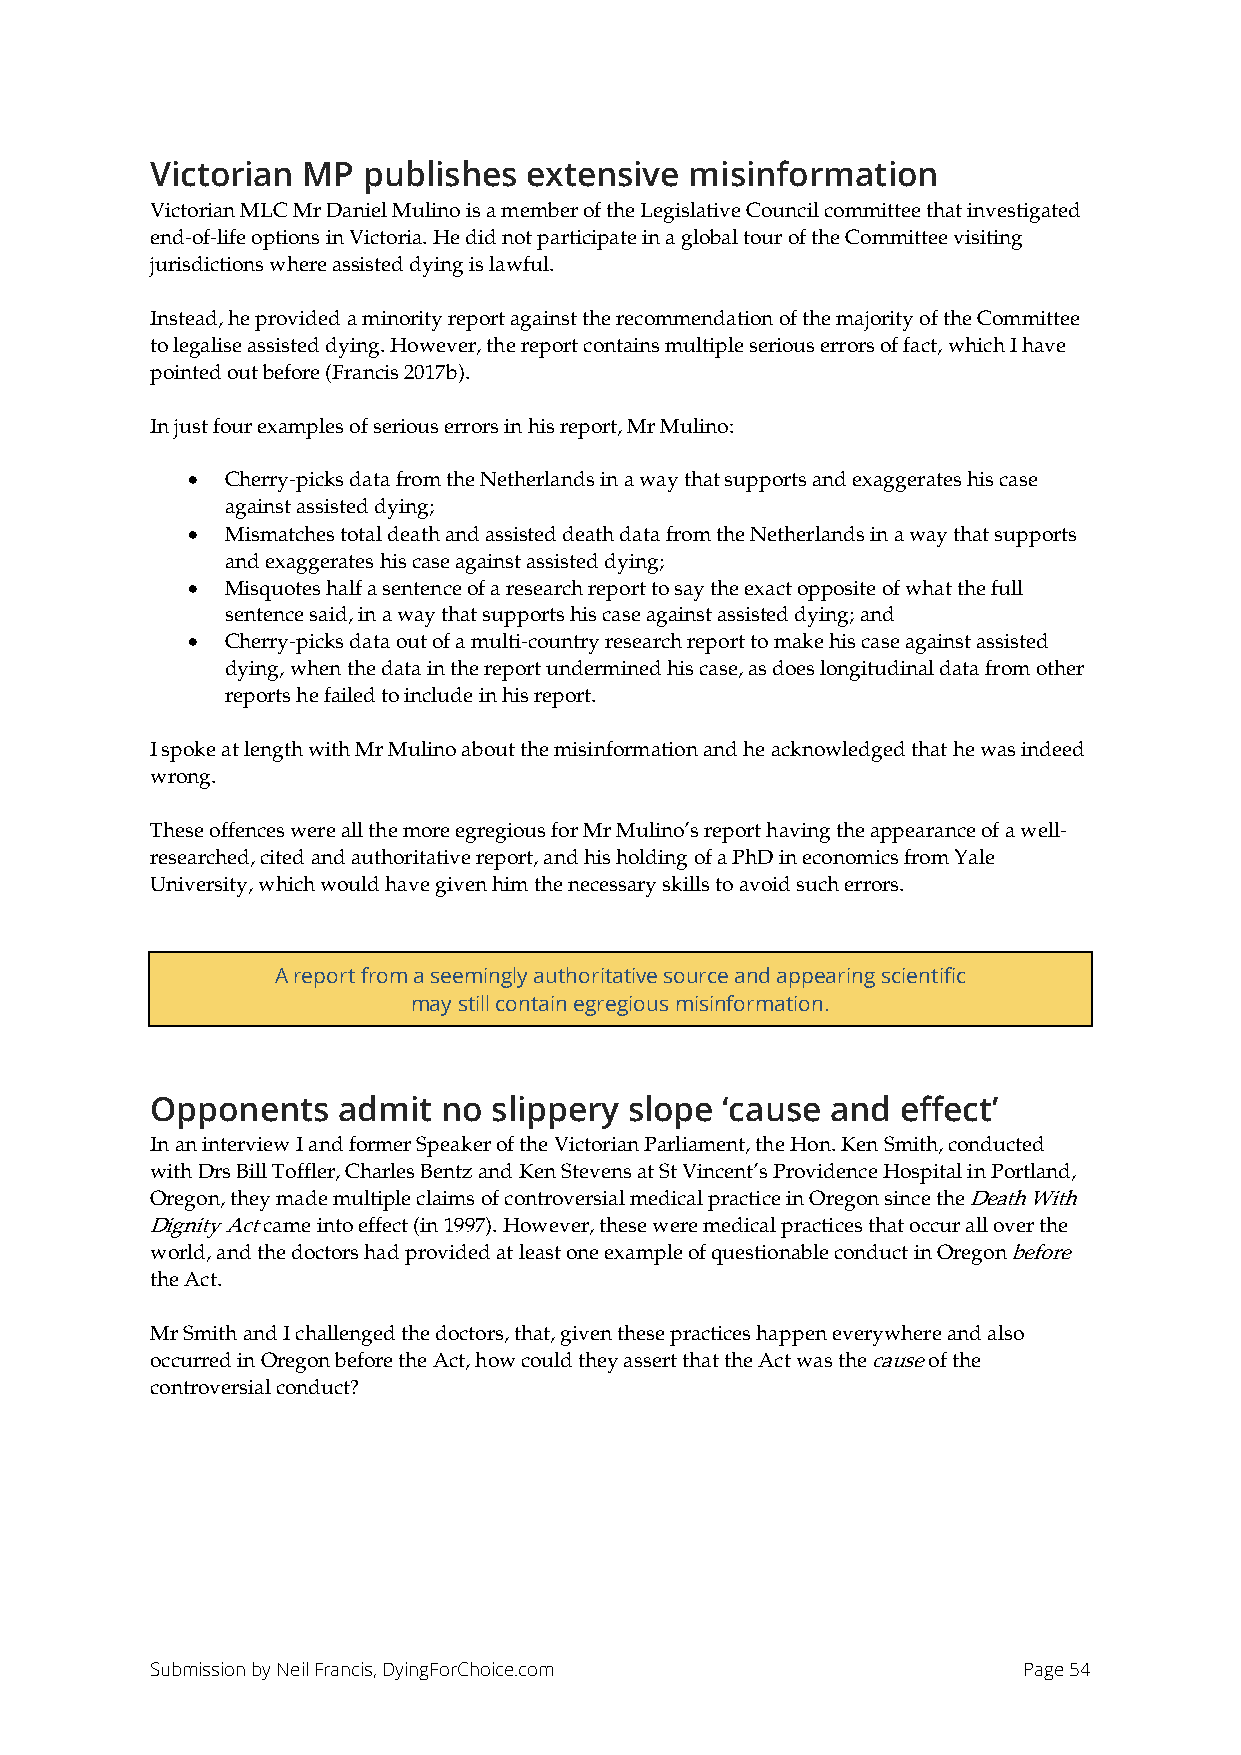
Victorian MP  publishes  extensive  misinformation
 Victorian MLC Mr Daniel Mulino is a member of the Legislative Council committee that investigated
 end-of-life options in Victoria. He did not participate in a global tour of the Committee visiting
 jurisdictions where assisted dying is lawful.
 Instead, he provided a minority report against the recommendation of the majority of the Committee
 to legalise assisted dying. However, the report contains multiple serious errors of fact, which I have
 pointed out before (Francis 2017b).
 In just four examples of serious errors in his report, Mr Mulino:
 •  Cherry-picks data from the Netherlands in a way that supports and exaggerates his case
 against assisted dying;
 •  Mismatches total death and assisted death data from the Netherlands in a way that supports
 and exaggerates his case against assisted dying;
 •  Misquotes half a sentence of a research report to say the exact opposite of what the full
 sentence said, in a way that supports his case against assisted dying; and
 •  Cherry-picks data out of a multi-country research report to make his case against assisted
 dying, when the data in the report undermined his case, as does longitudinal data from other
 reports he failed to include in his report.
 I spoke at length with Mr Mulino about the misinformation and he acknowledged that he was indeed
 wrong.
 These offences were all the more egregious for Mr Mulino’s report having the appearance of a well-
 researched, cited and authoritative report, and his holding of a PhD in economics from Yale
 University, which would have given him the necessary skills to avoid such errors.
 A report from a seemingly authoritative source and appearing scientific
 may still contain egregious misinformation.
 Opponents   admit  no  slippery slope ‘cause and  effect’
 In an interview I and former Speaker of the Victorian Parliament, the Hon. Ken Smith, conducted
 with Drs Bill Toffler, Charles Bentz and Ken Stevens at St Vincent’s Providence Hospital in Portland,
 Oregon, they made multiple claims of controversial medical practice in Oregon since the Death With
 Dignity Act came into effect (in 1997). However, these were medical practices that occur all over the
 world, and the doctors had provided at least one example of questionable conduct in Oregon before
 the Act.
 Mr Smith and I challenged the doctors, that, given these practices happen everywhere and also
 occurred in Oregon before the Act, how could they assert that the Act was the cause of the
 controversial conduct?
 Submission by Neil Francis, DyingForChoice.com            Page 54